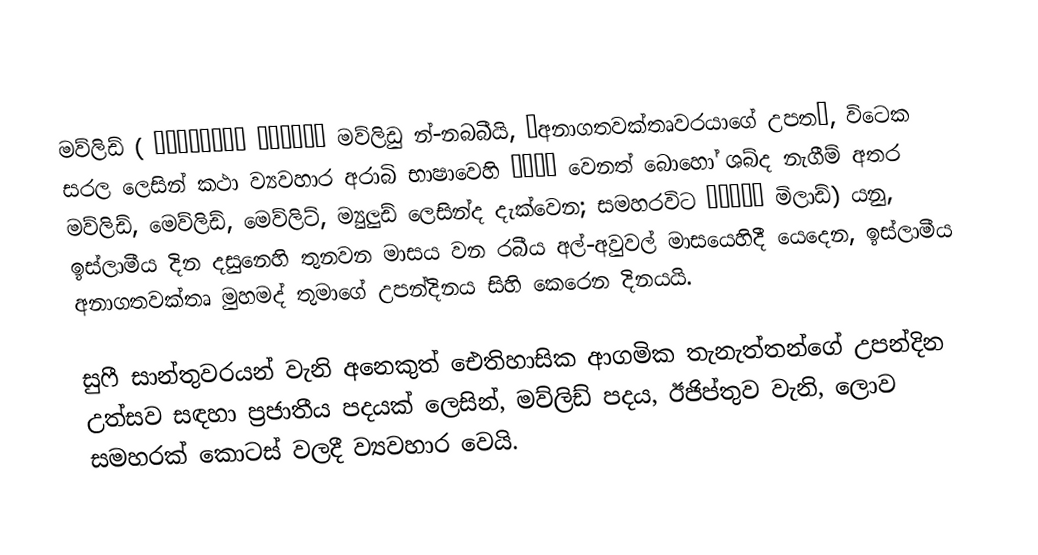
මව්ලිඩ් ( مَولِد النَّبِي මව්ලිඩු න්-නබබීයි, “අනාගතවක්තෘවරයාගේ උපත”, විටෙක සරල ලෙසින් කථා ව්‍යවහාර අරාබි භාෂාවෙහි مولد  වෙනත් බොහෝ ශබ්ද නැගීම් අතර මව්ලිඩ්, මෙව්ලිඩ්, මෙව්ලිට්, ම්‍යුලුඩ් ලෙසින්ද දැක්වෙන; සමහරවිට ميلاد  මිලාඩ්) යනු,   ඉස්ලාමීය දින දසුනෙහි තුනවන මාසය වන රබීය අල්-අවුවල් මාසයෙහිදී යෙදෙන, ඉස්ලාමීය අනාගතවක්තෘ මුහමද් තුමාගේ උපන්දිනය සිහි කෙරෙන දිනයයි.

සුෆී සාන්තුවරයන් වැනි අනෙකුත් ඓතිහාසික ආගමික තැනැත්තන්ගේ උපන්දින උත්සව සඳහා ප්‍රජාතීය පදයක් ලෙසින්, මව්ලිඩ් පදය, ඊජිප්තුව වැනි, ලොව සමහරක් කොටස් වලදී ව්‍යවහාර වෙයි.